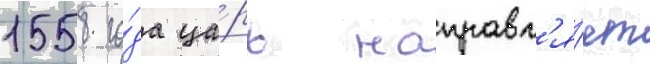
1558 го́да ца́рь направл'я́ет